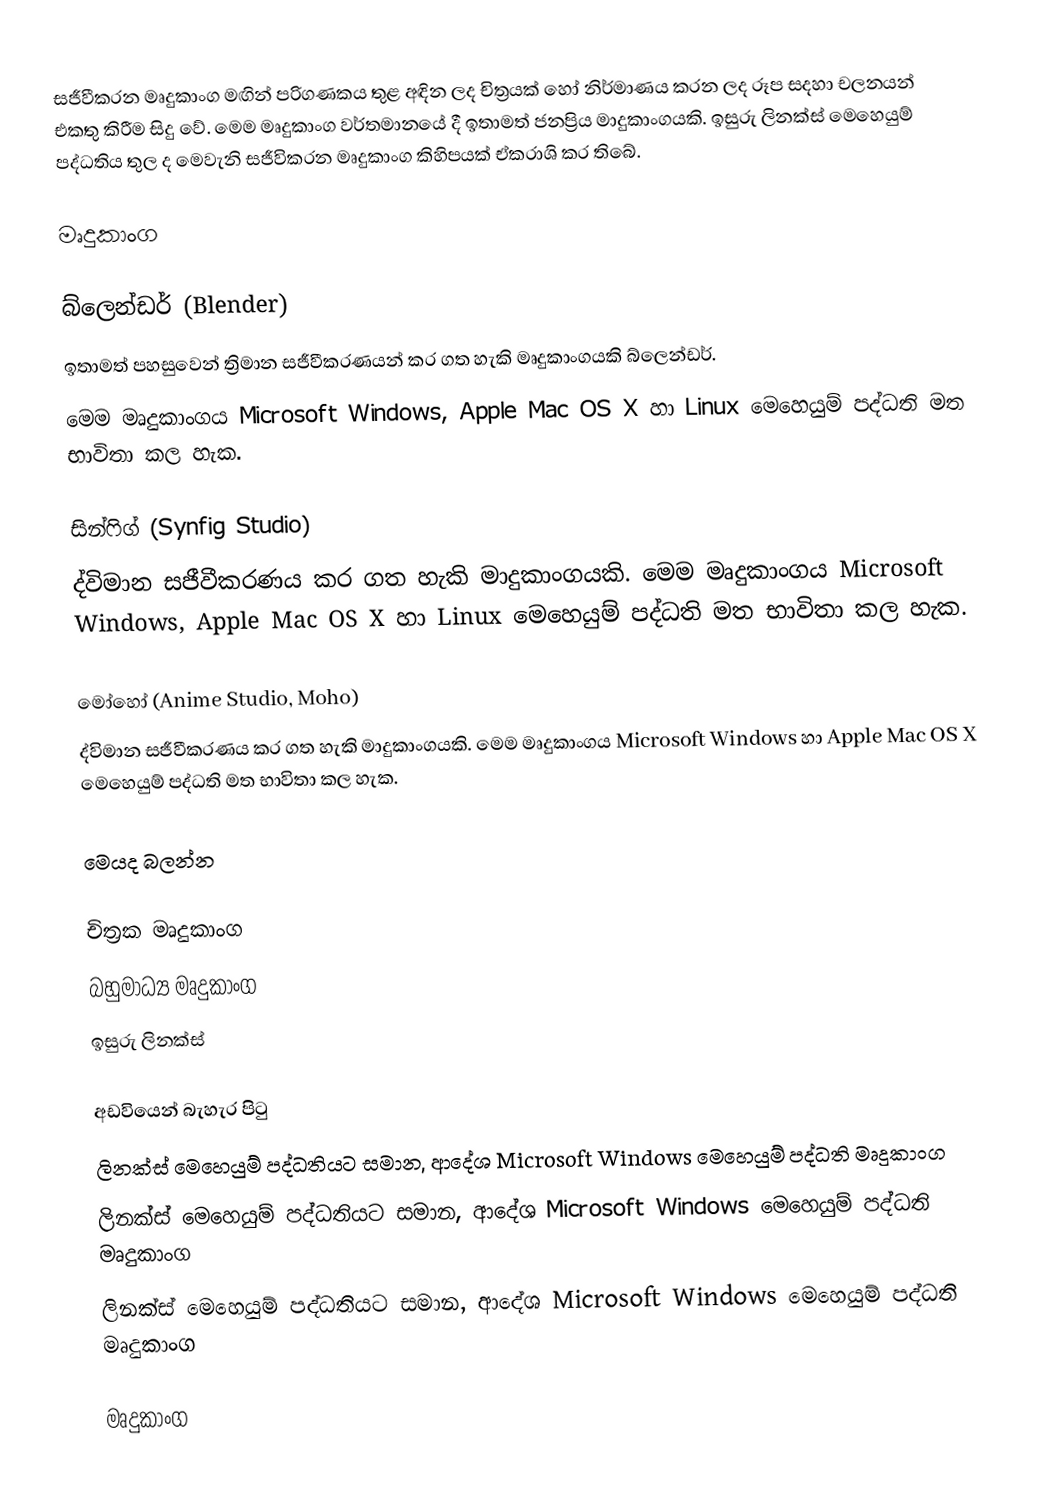
සජීවීකරන මෘදුකාංග මඟින් පරිගණකය තුළ අඳින ලද චිත්‍රයක් හෝ නිර්මාණය කරන ලද රූප සදහා චලනයන් එකතු කිරීම සිදු වේ. මෙම මෘදුකාංග වර්තමානයේ දී ඉතාමත් ජනප්‍රිය මාදුකාංගයකි. ඉසුරු ලිනක්ස් මෙහෙයුම් පද්ධතිය තුල ද මෙවැනි සජීවිකරන මෘදුකාංග කිහිපයක් ඒකරාශි කර තිබේ.

මෘදුකාංග

බ්ලෙන්ඩර් (Blender)
ඉතාමත් පහසුවෙන් ත්‍රිමාන සජීවීකරණයන් කර ගත හැකි මෘදුකාංගයකි බ්ලෙන්ඩර්.
මෙම මෘදුකාංගය Microsoft Windows, Apple Mac OS X හා Linux මෙහෙයුම් පද්ධති මත භාවිතා කල හැක.

සින්ෆිග් (Synfig Studio)
ද්විමාන සජීවීකරණය කර ගත හැකි මාදුකාංගයකි. මෙම මෘදුකාංගය Microsoft Windows, Apple Mac OS X හා Linux මෙහෙයුම් පද්ධති මත භාවිතා කල හැක.

මෝහෝ (Anime Studio, Moho)
ද්විමාන සජීවීකරණය කර ගත හැකි මාදුකාංගයකි. මෙම මෘදුකාංගය Microsoft Windows හා Apple Mac OS X  මෙහෙයුම් පද්ධති මත භාවිතා කල හැක.

මෙයද බලන්න

 චිත්‍රක මෘදුකාංග
 බහුමාධ්‍ය මෘදුකාංග
 ඉසුරු ලිනක්ස්

අඩවියෙන් බැහැර පිටු
 ලිනක්ස් මෙහෙයුම් පද්ධතියට සමාන, ආදේශ Microsoft Windows මෙහෙයුම් පද්ධති මෘදුකාංග
 ලිනක්ස් මෙහෙයුම් පද්ධතියට සමාන, ආදේශ Microsoft Windows මෙහෙයුම් පද්ධති මෘදුකාංග
 ලිනක්ස් මෙහෙයුම් පද්ධතියට සමාන, ආදේශ Microsoft Windows මෙහෙයුම් පද්ධති මෘදුකාංග

මෘදුකාංග